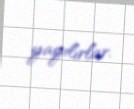
yayılırlar.